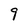
Character: 9